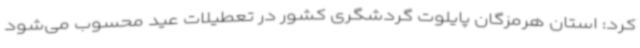
کرد: استان هرمزگان پایلوت گردشگری کشور در تعطیلات عید محسوب می‌شود